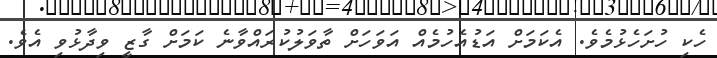
ހެކި ހުށަހެޅުމެވެ. އެކަމަށް އަޑުއެހުމެއް އަވަހަށް ތާވަލުކުރައްވާނެ ކަމަށް ގާޒީ ވިދާޅުވި އެވެ.